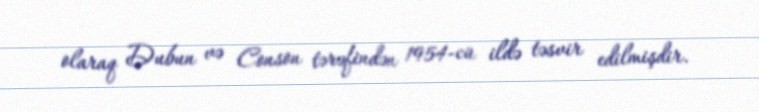
olaraq Dubun və Conson tərəfindən 1954-cü ildə təsvir edilmişdir.